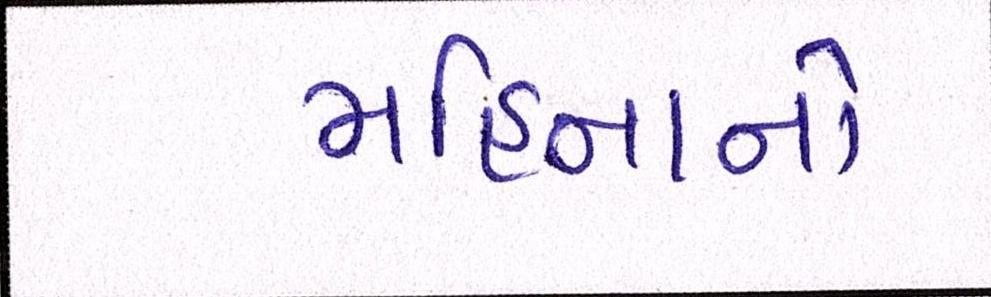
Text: મહિનાનો